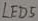
Text: LED5